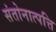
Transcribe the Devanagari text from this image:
संतोनात्पत्ति